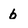
Character: b